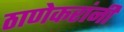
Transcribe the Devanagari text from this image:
ठाणेकरांनी